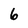
Character: 6